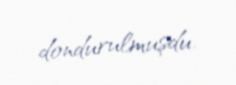
dondurulmuşdu.